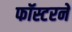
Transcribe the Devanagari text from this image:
फॉस्टरने